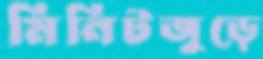
মিনিটজুড়ে